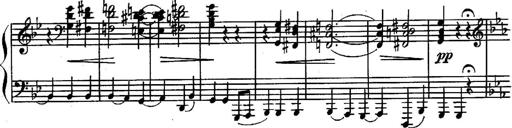
Title: Sonatina in G minor for piano
Composer: Nikolay Medtner
Key: G minor